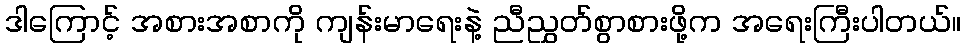
ဒါကြောင့် အစားအစာကို ကျန်းမာရေးနဲ့ ညီညွှတ်စွာစားဖို့က အရေးကြီးပါတယ်။